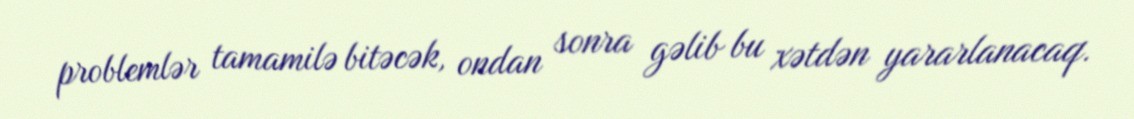
problemlər tamamilə bitəcək, ondan sonra gəlib bu xətdən yararlanacaq.